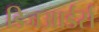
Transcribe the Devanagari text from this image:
डिजआर्डर्स